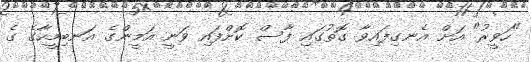
"ހަވީރު" އަށް އެނގިފައިވާ ގޮތުގައި ފާސް ކޮށްފައި ވަނީ އަމީންގެ އަނބިމީހާގެ ގެ